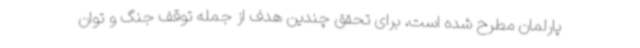
پارلمان مطرح شده است، برای تحقق چندین هدف از جمله توقف جنگ و توان